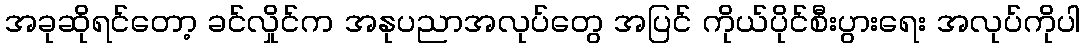
အခုဆိုရင်တော့ ခင်လှိုင်က အနုပညာအလုပ်တွေ အပြင် ကိုယ်ပိုင်စီးပွားရေး အလုပ်ကိုပါ